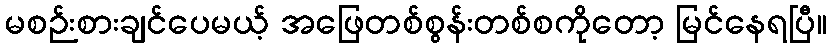
မစဉ်းစားချင်ပေမယ့် အဖြေတစ်စွန်းတစ်စကိုတော့ မြင်နေရပြီ။